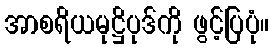
အာစရိယမုဋ္ဌိပုဒ်ကို ဖွင့်ပြပုံ။